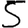
Digit: 5